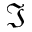
\Im